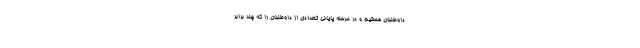
داوطلبان هستیم و در مرحله پایانی تعدادی از داوطلبان را که چند برابر